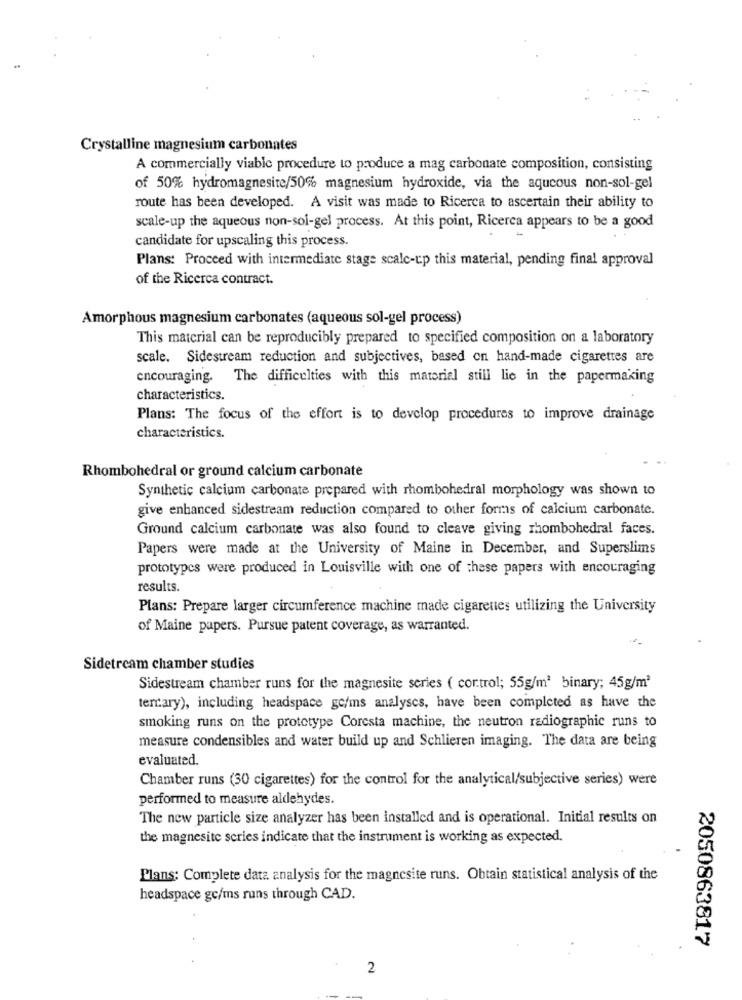
Crystalline magnesium carbonates
A commercially viable procedure to produce a mag carbonate composition, consisting
of 50% hydromagnesite/50% magnesium hydroxide, via the aqueous non-sol-gel
route has been developed. A visit was made to Ricerca to ascertain their ability to
scale-up the aqueous non-sol-gel process. At this point, Ricerca appears to be a good
candidate for upscaling this process.
Plans: Proceed with intermediate stage scale-up this material, pending final approval
of the Ricerca contract.
Amorphous magnesium carbonates (aqueous sol-gel process)
This material can be reproducibly prepared to specified composition on a laboratory
scale. Sidestream reduction and subjectives, based on hand-made cigarettes are
encouraging. The difficulties with this material still lie in the papermaking
characteristics.
Plans: The focus of the effort is to develop procedures to improve drainage
characteristics.
Rhombohedral or ground calcium carbonate
Synthetic calcium carbonate prepared with rhombohedral morphology was shown to
give enhanced sidestream reduction compared to other forms of calcium carbonate.
Ground calcium carbonate was also found to cleave giving rhombohedral faces.
Papers were made at the University of Maine in December, and Superslims
prototypes were produced in Louisville with one of these papers with encouraging
results.
Plans: Prepare larger circumference machine made cigarettes utilizing the University
of Maine papers. Pursue patent coverage, as warranted.
Sidetream chamber studies
Sidestream chamber runs for the magnesite series ( cortrol; 55g/m2 binary; 45g/m3
terrary), including headspace go/ms analyses, have been completed as have the
smoking runs on the prototype Coresta machine, the neutron radiographic runs to
measure condensibles and water build up and Schlieren imaging. The data are being
evaluated.
Chamber runs (30 cigarettes) for the control for the analytical/subjective series) were
performed to measure aldehydes.
The new particle size analyzer has been installed and is operational. Initial results on
the magnesite series indicate that the instrument is working as expected.
Plans: Complete data analysis for the magnesite runs. Obtain statistical analysis of the
headspace gc/ms runs through CAD.
2050863817
2